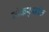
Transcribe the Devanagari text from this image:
नोकर्‍यांत